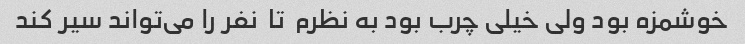
خوشمزه بود ولی خیلی چرب بود به نظرم  تا  نفر را می‌تواند سیر کند